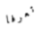
تعرفا